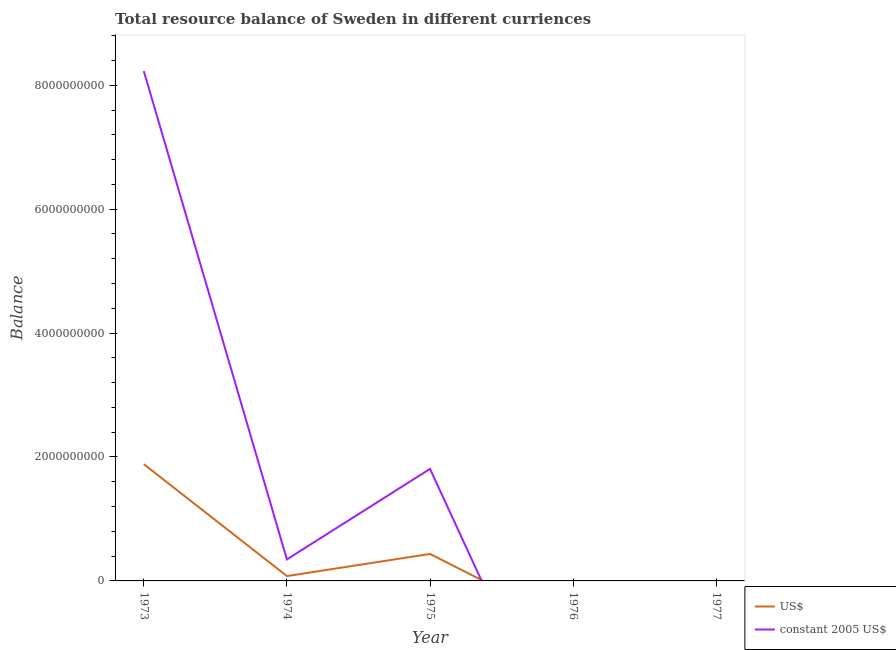
| Year | US$ | constant 2005 US$ |
 | --- | --- | --- |
 | 1973 | 1.88e+09 | 8.23e+09 |
 | 1974 | 7.82e+07 | 3.47e+08 |
 | 1975 | 4.35e+08 | 1.81e+09 |
 | 1976 | -7.36e+08 | -3.2e+09 |
 | 1977 | -7.69e+08 | -3.45e+09 |